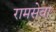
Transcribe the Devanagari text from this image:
रामसेवा